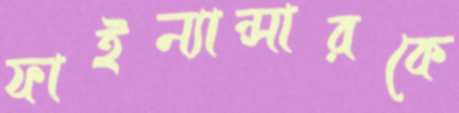
ফাইন্যান্সারকে